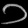
Digit: ၁